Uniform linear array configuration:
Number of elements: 64
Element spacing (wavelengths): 0.25
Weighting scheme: binomial
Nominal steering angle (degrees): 30
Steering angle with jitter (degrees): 31.134
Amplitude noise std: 0.05
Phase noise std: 0.05

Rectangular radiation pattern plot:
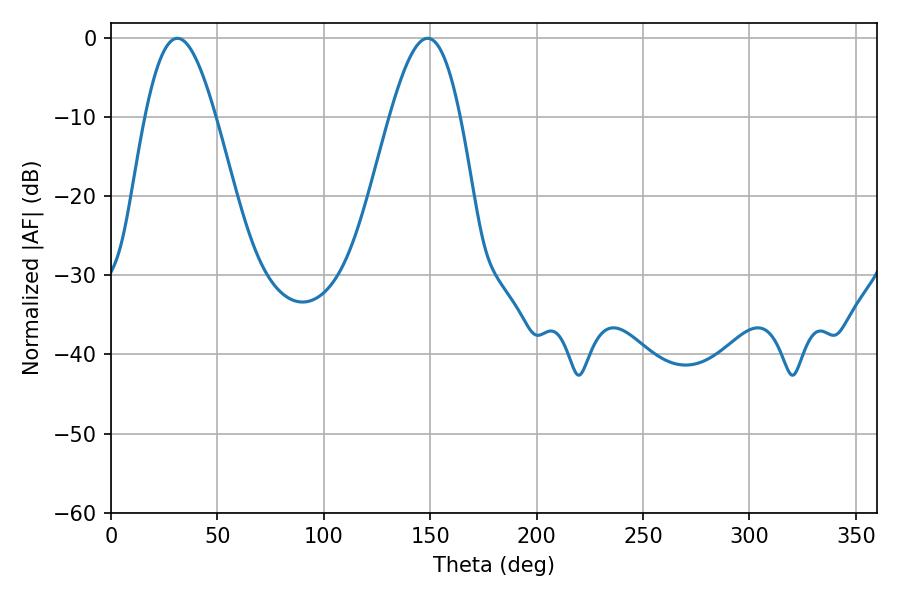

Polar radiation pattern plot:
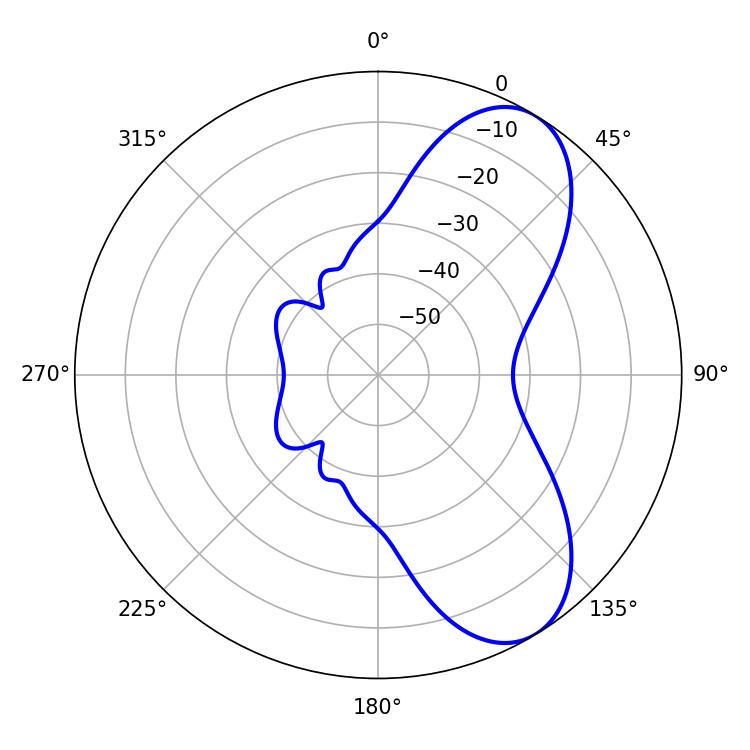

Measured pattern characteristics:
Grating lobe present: FALSE
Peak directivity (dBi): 7.473
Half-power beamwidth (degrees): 17.82
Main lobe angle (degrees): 31.14